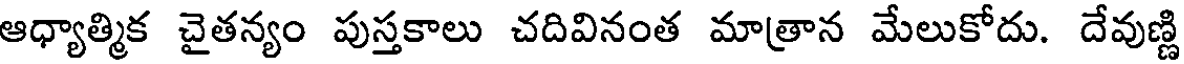
ఆధ్యాత్మిక చైతన్యం పుస్తకాలు చదివినంత మాత్రాన మేలుకోదు. దేవుణ్ణి